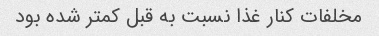
مخلفات کنار غذا نسبت به قبل کمتر شده بود